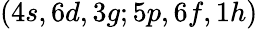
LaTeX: (4s,6d,3g;5p,6f,1h)